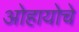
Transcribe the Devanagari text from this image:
ओहायोचे